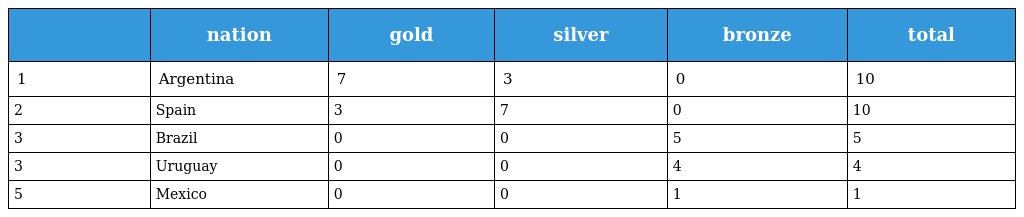
|  | nation | gold | silver | bronze | total |
 | --- | --- | --- | --- | --- | --- |
 | 1 | Argentina | 7 | 3 | 0 | 10 |
 | 2 | Spain | 3 | 7 | 0 | 10 |
 | 3 | Brazil | 0 | 0 | 5 | 5 |
 | 3 | Uruguay | 0 | 0 | 4 | 4 |
 | 5 | Mexico | 0 | 0 | 1 | 1 |